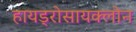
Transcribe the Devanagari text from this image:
हायड्रोसायक्लोन